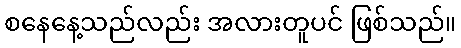
စနေနေ့သည်လည်း အလားတူပင် ဖြစ်သည်။